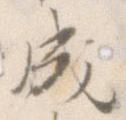
成